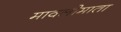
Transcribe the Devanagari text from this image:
मावलीमाता